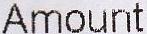
AMOUNT